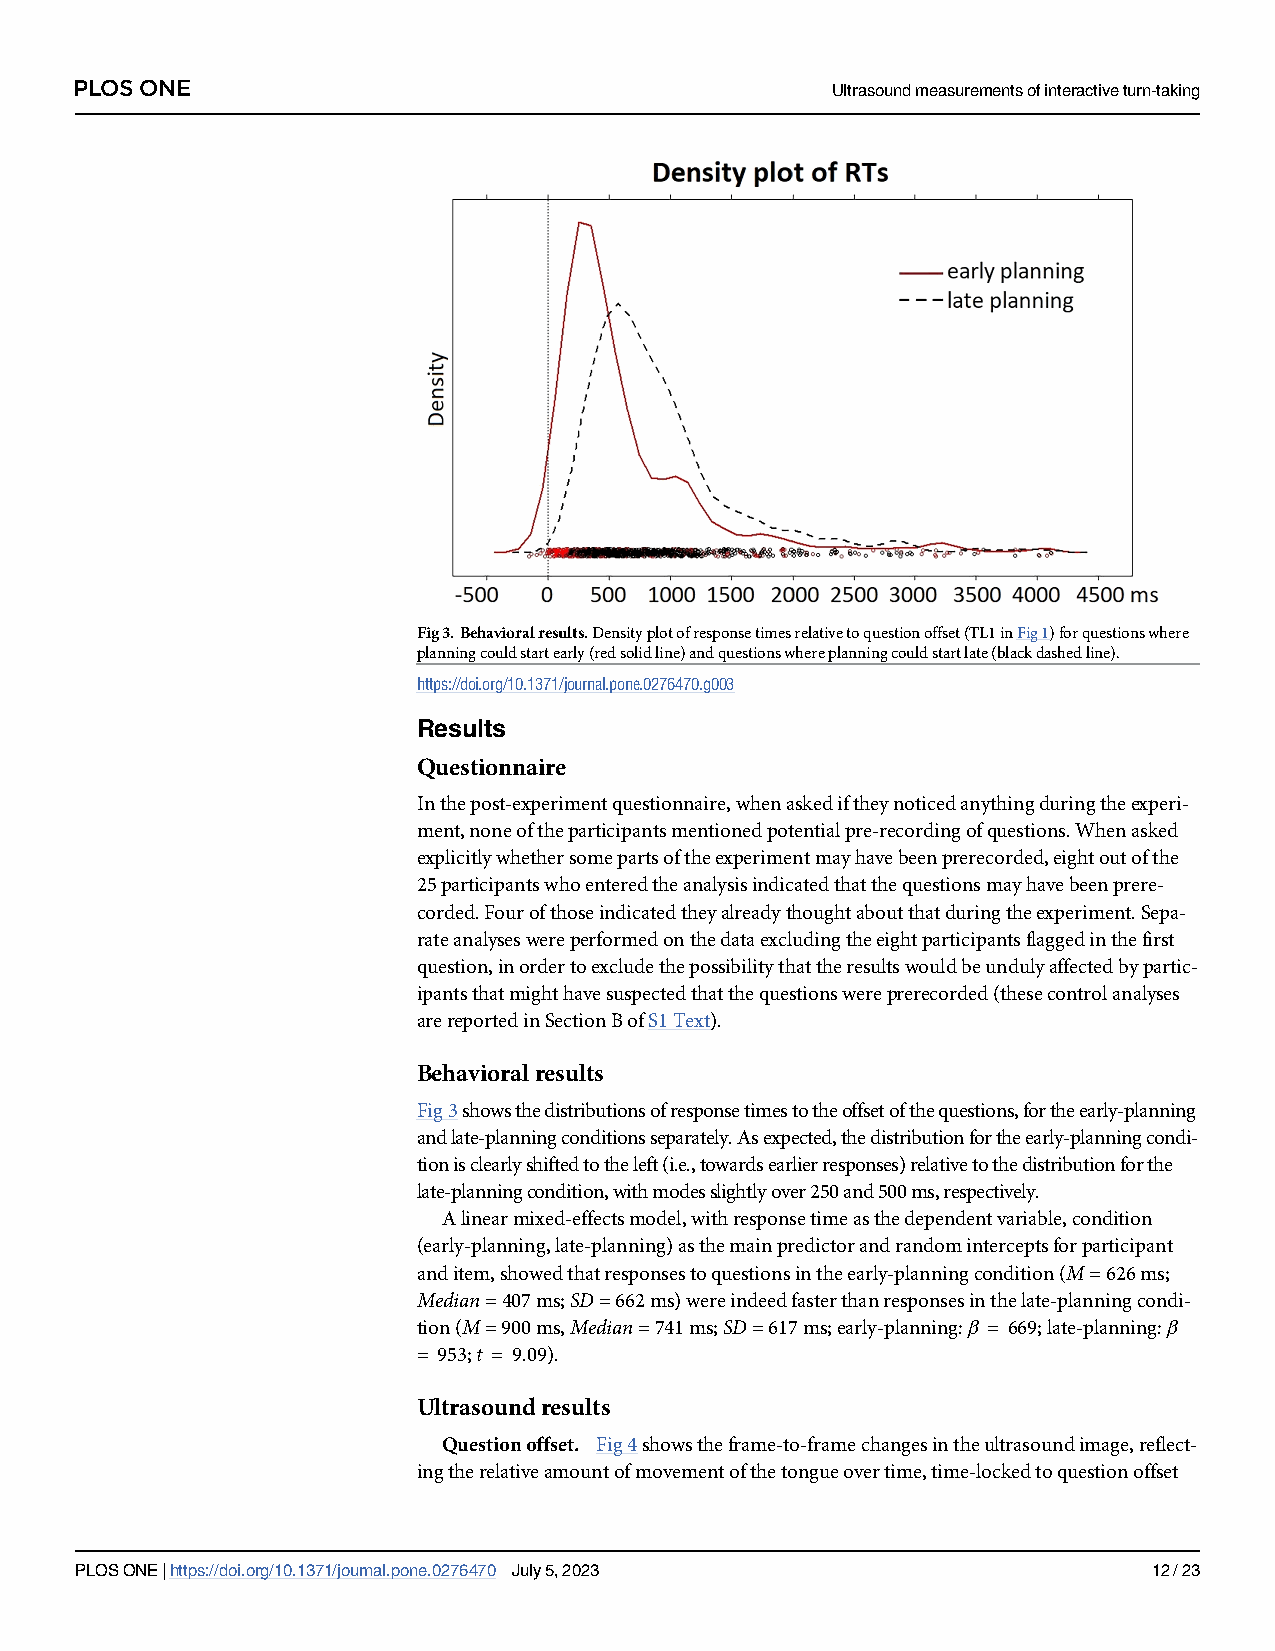
PLOS ONE                                          Ultrasoundmeasurementsofinteractiveturn-taking
 Fig3.Behavioralresults.Densityplotofresponsetimesrelativetoquestionoffset(TL1inFig1)forquestionswhere
 planningcouldstartearly(redsolidline)andquestionswhereplanningcouldstartlate(blackdashedline).
 https://doi.org/10.1371/journal.pone.0276470.g003
 Results
 Questionnaire
 Inthepost-experimentquestionnaire,whenaskediftheynoticedanythingduringtheexperi-
 ment,noneoftheparticipantsmentionedpotentialpre-recordingofquestions.Whenasked
 explicitlywhethersomepartsoftheexperimentmayhavebeenprerecorded,eightoutofthe
 25participantswhoenteredtheanalysisindicatedthatthequestionsmayhavebeenprere-
 corded.Fourofthoseindicatedtheyalreadythoughtaboutthatduringtheexperiment.Sepa-
 rateanalyseswereperformedonthedataexcludingtheeightparticipantsflaggedinthefirst
 question,inordertoexcludethepossibilitythattheresultswouldbeundulyaffectedbypartic-
 ipantsthatmighthavesuspectedthatthequestionswereprerecorded(thesecontrolanalyses
 arereportedinSectionBofS1Text).
 Behavioralresults
 Fig3showsthedistributionsofresponsetimestotheoffsetofthequestions,fortheearly-planning
 andlate-planningconditionsseparately.Asexpected,thedistributionfortheearly-planningcondi-
 tionisclearlyshiftedtotheleft(i.e.,towardsearlierresponses)relativetothedistributionforthe
 late-planningcondition,withmodesslightlyover250and500ms,respectively.
 Alinearmixed-effectsmodel,withresponsetimeasthedependentvariable,condition
 (early-planning,late-planning)asthemainpredictorandrandominterceptsforparticipant
 anditem,showedthatresponsestoquestionsintheearly-planningcondition(M=626ms;
 Median=407ms;SD=662ms)wereindeedfasterthanresponsesinthelate-planningcondi-
 tion(M=900ms,Median=741ms;SD=617ms;early-planning:β = 669;late-planning:β
 = 953;t = 9.09).
 Ultrasoundresults
 Questionoffset. Fig4showstheframe-to-framechangesintheultrasoundimage,reflect-
 ingtherelativeamountofmovementofthetongueovertime,time-lockedtoquestionoffset
 PLOSONE|https://doi.org/10.1371/journal.pone.0276470 July5,2023        12/23